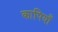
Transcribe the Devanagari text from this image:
कापियाँ